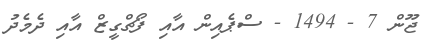
ޖޫން 7 - 1494 - ސްޕެއިން އާއި ފޯޗްގީޒް އާއި ދެމެދު